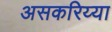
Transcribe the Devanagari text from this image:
असकरिय्या